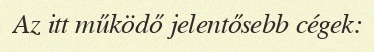
Az itt működő jelentősebb cégek: